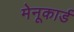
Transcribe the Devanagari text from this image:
मेनूकार्ड